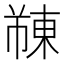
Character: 𫉓